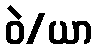
ဝဲ/ယာ